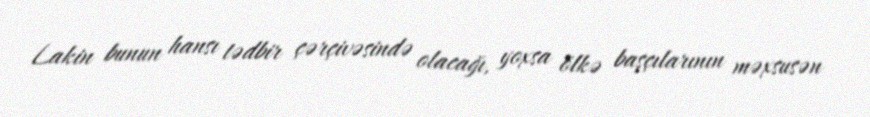
Lakin bunun hansı tədbir çərçivəsində olacağı, yoxsa ölkə başçılarının məxsusən